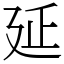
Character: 延